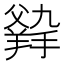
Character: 𤕛